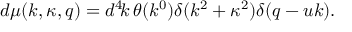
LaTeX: d \mu ( k , \kappa , q ) = d ^ { 4 } \! k \, \theta ( k ^ { 0 } ) \delta ( k ^ { 2 } + \kappa ^ { 2 } ) \delta ( q - u k ) .